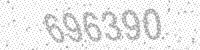
Solution: 696390